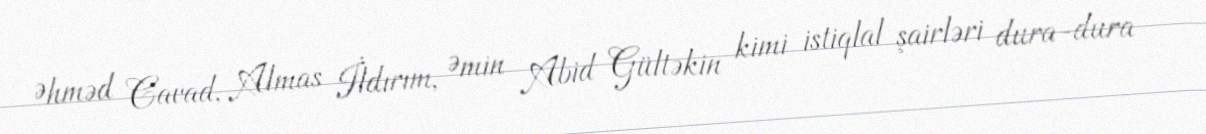
Əhməd Cavad, Almas İldırım, Əmin Abid Gültəkin kimi istiqlal şairləri dura-dura